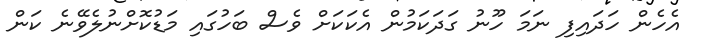
އެހެން ހަދައިފި ނަމަ ހޫނު ގަދަކަމުން އެކަކަށް ވެސް ބަހުގައި މަޑުކޮށްނުލެވޭނެ ކަން